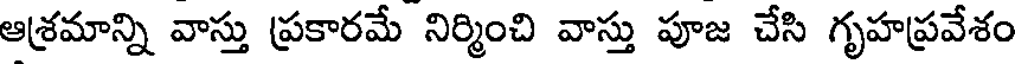
ఆశ్రమాన్ని వాస్తు ప్రకారమే నిర్మించి వాస్తు పూజ చేసి గృహప్రవేశం